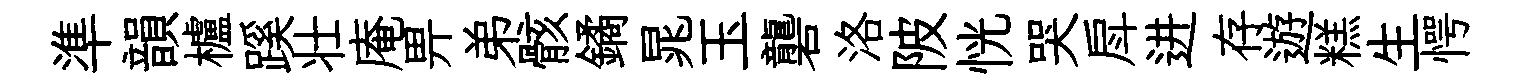
準韻櫨蹊壮庵畀弟骸鐍晁玉礱洛陂恍哭戽进存遊糕生愕